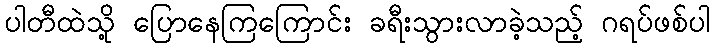
ပါတီထဲသို့ ပြောနေကြကြောင်း ခရီးသွားလာခဲ့သည့် ဂရပ်ဖစ်ပါ